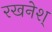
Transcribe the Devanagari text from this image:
रखनेश्